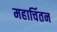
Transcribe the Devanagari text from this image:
महाचिंतन